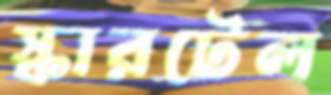
স্কারটেল